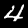
Label: 4